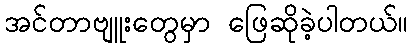
အင်တာဗျူးတွေမှာ ဖြေဆိုခဲ့ပါတယ်။